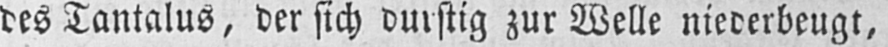
des Tantalus, der sich durstig zur Welle niederbeugt,